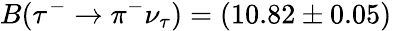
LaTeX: B(\tau^{-}\to\pi^{-}\nu_{\tau})=(10.82\pm 0.05)\